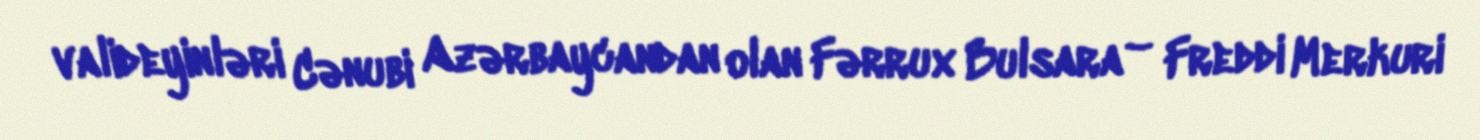
valideyinləri Cənubi Azərbaycandan olan Fərrux Bulsara – Freddi Merkuri